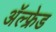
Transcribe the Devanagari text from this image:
अॅल्फ्रेड